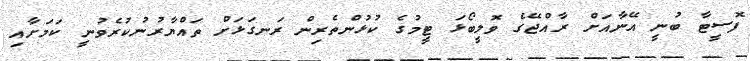
ފޮސީޓާ ބުނީ އޭނާއަށް ރާއްޖޭގެ ވޮލީބޯޅަ ޓީމުގެ ކުޅުންތެރިން ރަނގަޅަށް ތައްޔާރުނުކުރެވުނީ ކަމަށާއި